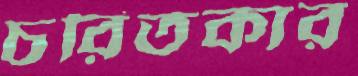
চরিতকার